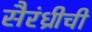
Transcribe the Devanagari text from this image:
सैरंध्रीची